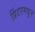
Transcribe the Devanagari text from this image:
प्रिंटरमधून